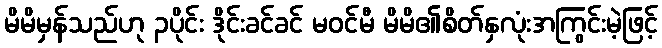
မိမိမှန်သည်ဟု ၃ပိုင်း ဒိုင်းခင်ခင် မဝင်မီ မိမိ၏စိတ်နှလုံးအကြွင်းမဲ့ဖြင့်